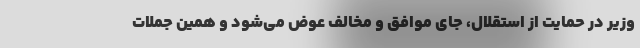
وزیر در حمایت از استقلال، جای موافق و مخالف عوض می‌شود و همین جملات